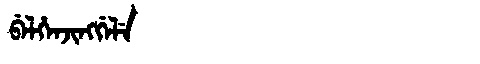
Manchu: ᠪᡝᠯᡥᡝᠨᠵᡳᠩᡤᡝᠯᡝ
Romanization: BELHENJINGGELE